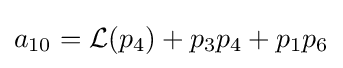
a_{10}={\mathcal {L}}(p_{4})+p_{3}p_{4}+p_{1}p_{6}